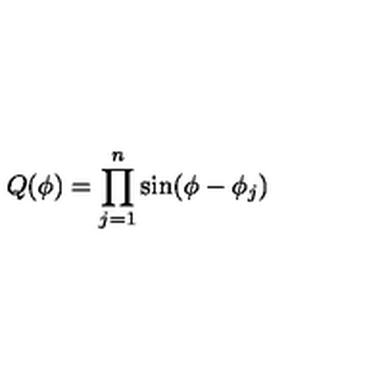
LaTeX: Q ( \phi ) = \prod _ { j = 1 } ^ { n } \sin ( \phi - \phi _ { j } )